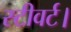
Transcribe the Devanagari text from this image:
स्टीवर्ट।